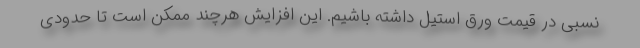
نسبی در قیمت ورق استیل داشته باشیم. این افزایش هرچند ممکن است تا حدودی